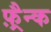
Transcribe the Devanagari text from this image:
फ़्रैन्क